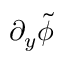
\partial _ { y } \tilde { \phi }